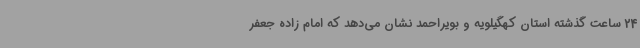
24 ساعت گذشته استان کهگیلویه و بویراحمد نشان می‌دهد که امام زاده جعفر